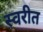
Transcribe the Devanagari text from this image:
स्वरीत